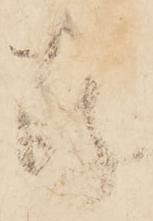
存